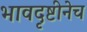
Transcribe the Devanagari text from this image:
भावदृष्टीनेच